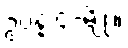
ဥပ္ပန္န ၄-မျိုး။